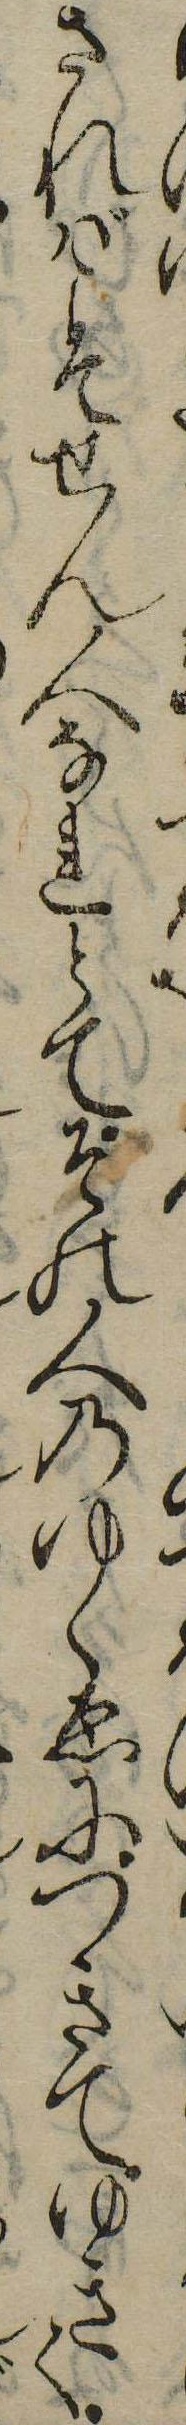
さればこそせん人なれとてその人のゆくゑにつきてゆきて